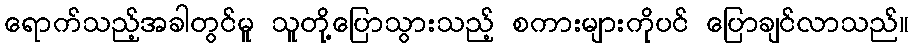
ရောက်သည့်အခါတွင်မူ သူတို့ပြောသွားသည့် စကားများကိုပင် ပြောချင်လာသည်။